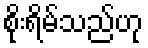
စိုးရိမ်သည်ဟု